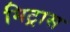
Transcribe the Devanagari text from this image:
मिट्रास